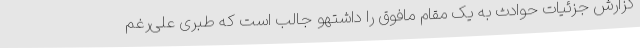
گزارش جزئیات حوادث به یک مقام مافوق را داشتهو جالب است که طبری علی‌رغم